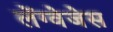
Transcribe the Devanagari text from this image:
लेंग्वेजेस